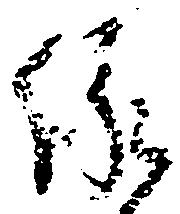
縁